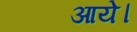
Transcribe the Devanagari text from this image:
आयेे।